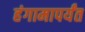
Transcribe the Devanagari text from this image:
हंगामापर्यंत